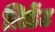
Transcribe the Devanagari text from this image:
त्रिडेंट